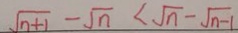
\sqrt { n + 1 } - \sqrt { n } < \sqrt { n } - \sqrt { n - 1 }